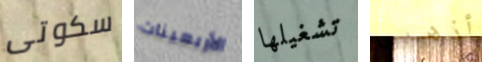
سكوتى الأربعينات تشغيلها أذهبى